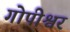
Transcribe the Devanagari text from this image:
गोपीश्वर